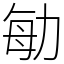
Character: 勄